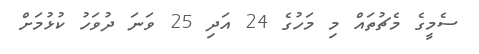
ސެމީގެ މެޗުތައް މި މަހުގެ 24 އަދި 25 ވަނަ ދުވަހު ކުޅުމަށް